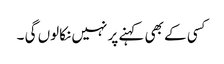
کسی کے بھی کہنے پر نہیں نکالوں گی ۔